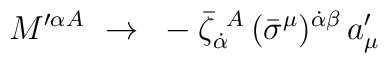
M'^{\alpha A}~\to~- {\bar \zeta}_{\dot\alpha}^{~A}\,(\bar\sigma^\mu)^{\dot\alpha\beta}\,a'_\mu